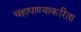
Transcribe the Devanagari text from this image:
चहापाण्याकरिता